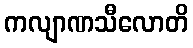
ကလျာဏသီလောတိ